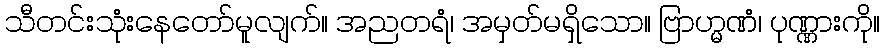
သီတင်းသုံးနေတော်မူလျက်။ အညတရံ၊ အမှတ်မရှိသော။ ဗြာဟ္မဏံ၊ ပုဏ္ဏားကို။